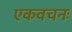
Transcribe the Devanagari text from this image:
एकवचनः